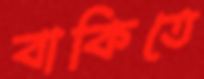
বাকিতে